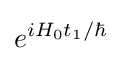
e^{iH_{0}t_{1}/\hbar }